Vaccine operations Central Provinces 1900-1911 - 1900-1911
Year: 1900
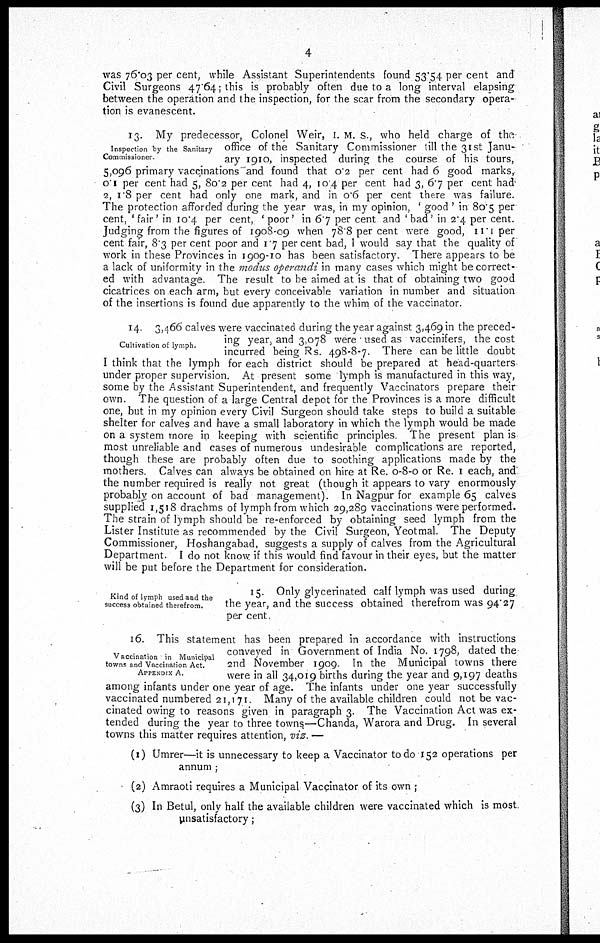
4
was 76.03 per cent, while Assistant Superintendents found 53.54 per cent and
Civil Surgeons 47.64; this is probably often due to a long interval elapsing
between the operation and the inspection, for the scar from the secondary opera-
tion is evanescent.
Inspection by the Sanitary
Commissioner.
13. My predecessor, Colonel Weir, I. M. S., who held charge of the
office of the Sanitary Commissioner till the 31st Janu-
ary 1910, inspected during the course of his tours,
5,096 primary vaccinations and found that 0.2 per cent had 6 good marks,
0.1 per cent had 5, 80.2 per cent had 4, 10.4 per cent had 3, 6.7 per cent had
2, 1.8 per cent had only one mark, and in 0.6 per cent there was failure.
The protection afforded during the year was, in my opinion, ' good ' in 80.5 per
cent, 'fair' in 10.4 per cent, ' poor' in 6.7 per cent and ' bad' in 2.4 per cent.
Judging from the figures of 1908-09 when 78.8 per cent were good, 11.1 per
cent fair, 8.3 per cent poor and 1.7 per cent bad, I would say that the quality of
work in these Provinces in 1909-10 has been satisfactory. There appears to be
a lack of uniformity in the modus operandi in many cases which might be correct-
ed with advantage. The result to be aimed at is that of obtaining two good
cicatrices on each arm, but every conceivable variation in number and situation
of the insertions is found due apparently to the whim of the vaccinator.
Cultivation of lymph.
14. 3,466 calves were vaccinated during the year against 3,469 in the preced-
ing year, and 3,078 were used as vaccinifers, the cost
incurred being Rs. 498-8-7. There can be little doubt
I think that the lymph for each district should be prepared at head-quarters
under proper supervision. At present some lymph is manufactured in this way,
some by the Assistant Superintendent, and frequently Vaccinators prepare their
own. The question of a large Central depot for the Provinces is a more difficult
one, but in my opinion every Civil Surgeon should take steps to build a suitable
shelter for calves and have a small laboratory in which the lymph would be made
on a system more in keeping with scientific principles.The present plan is
most unreliable and cases of numerous undesirable complications are reported,
though these are probably often due to soothing applications made by the
mothers. Calves can always be obtained on hire at Re. 0-8-0 or Re. 1 each, and
the number required is really not great (though it appears to vary enormously
probably on account of bad management). In Nagpur for example 65 calves
supplied 1,518 drachms of lymph from which 29,289 vaccinations were performed.
The strain of lymph should be re-enforced by obtaining seed lymph from the
Lister Institute as recommended by the Civil Surgeon, Yeotmal. The Deputy
Commissioner, Hoshangabad, suggests a supply of calves from the Agricultural
Department. I do not know if this would find favour in their eyes, but the matter
will be put before the Department for consideration.
Kind of lymph used and the
success obtained therefrom.
15. Only glycerinated calf lymph was used during
the year, and the success obtained therefrom was 94.27
per cent.
Vaccination in Municipal
towns and Vaccination Act.
APPENDIX A
16. This statement has been prepared in accordance with instructions
conveyed in Government of India No. 1798, dated the
2nd November 1909. In the Municipal towns there
were in all 34,019 births during the year and 9,197 deaths
among infants under one year of age. The infants under one year successfully
vaccinated numbered 21,171. Many of the available children could not be vac-
cinated owing to reasons given in paragraph 3. The Vaccination Act was ex-
tended during the year to three towns—Chanda, Warora and Drug. In several
towns this matter requires attention, viz. —
(1) Umrer—it is unnecessary to keep a Vaccinator to do 152 operations per
annum ;
(2) Amraoti requires a Municipal Vaccinator of its own ;
(3) In Betul, only half the available children were vaccinated which is most
unsatisfactory;